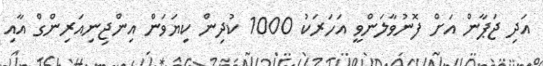
އަދި ޖަޕާން އަށް ފޮނުވާލަންވީ އަހަރަކު 1000 ކުދިން ކިޔަވަން އިންޖިިނިއަރިންގް އާއި